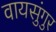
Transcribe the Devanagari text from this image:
वायसुंगुर